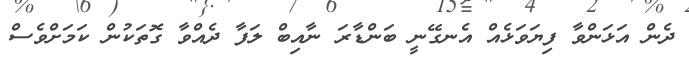
ދެން އަޅަންވާ ފިޔަވަޅެއް އެނގޭނީ ބަންޑާރަ ނާއިބް ލަފާ ދެއްވާ ގޮތަކުން ކަމަށްވެސް